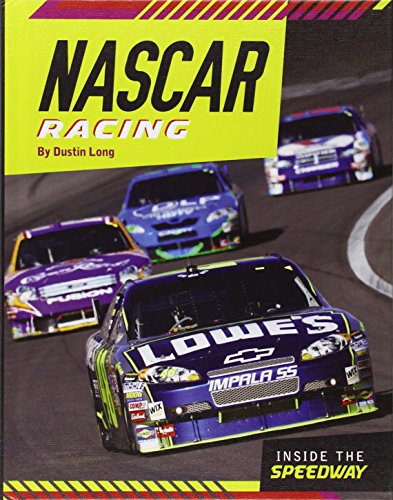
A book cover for Nascar Racing (Inside the Speedway); Dustin Long; Children's Books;